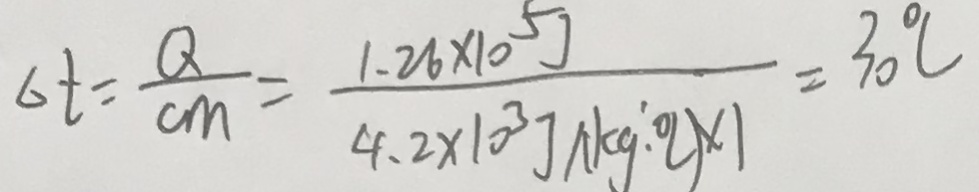
\Delta _ { t } = \frac { Q } { C m } = \frac { 1 . 2 6 \times 1 0 ^ { 5 } J } { 4 . 2 \times 1 0 ^ { 3 } j / ( k g . ^ { \circ } C ) \times 1 } = 3 0 ^ { \circ } L